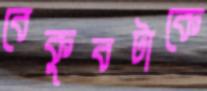
বেকুবটাকে